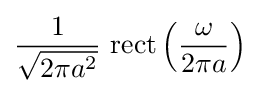
{\frac {1}{\sqrt {2\pi a^{2}}}}\,\operatorname {rect} \left({\frac {\omega }{2\pi a}}\right)